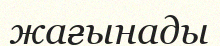
жағынады